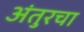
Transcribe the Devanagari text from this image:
अंतुरचा